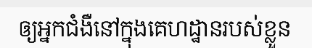
ឲ្យអ្នកជំងឺនៅក្នុងគេហដ្ឋានរបស់ខ្លួន